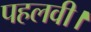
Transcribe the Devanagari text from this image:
पहलवी।